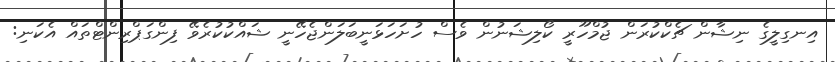
އިނގިލީގެ ނިޝާން ޗެކްކުރަން ޖުމްހޫރީ ކޯލިޝަނުން ވެސް ހުށަހަޅަނީބަލަންޖެހޭނީ ޝައްކުކުރެވޭ ފިންގަޕްރިންޓްތައް އެކަނި: